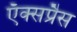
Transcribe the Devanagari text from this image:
ऍक्सप्रैस